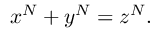
x ^ { N } + y ^ { N } = z ^ { N } .